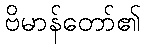
ဗိမာန်တော်၏